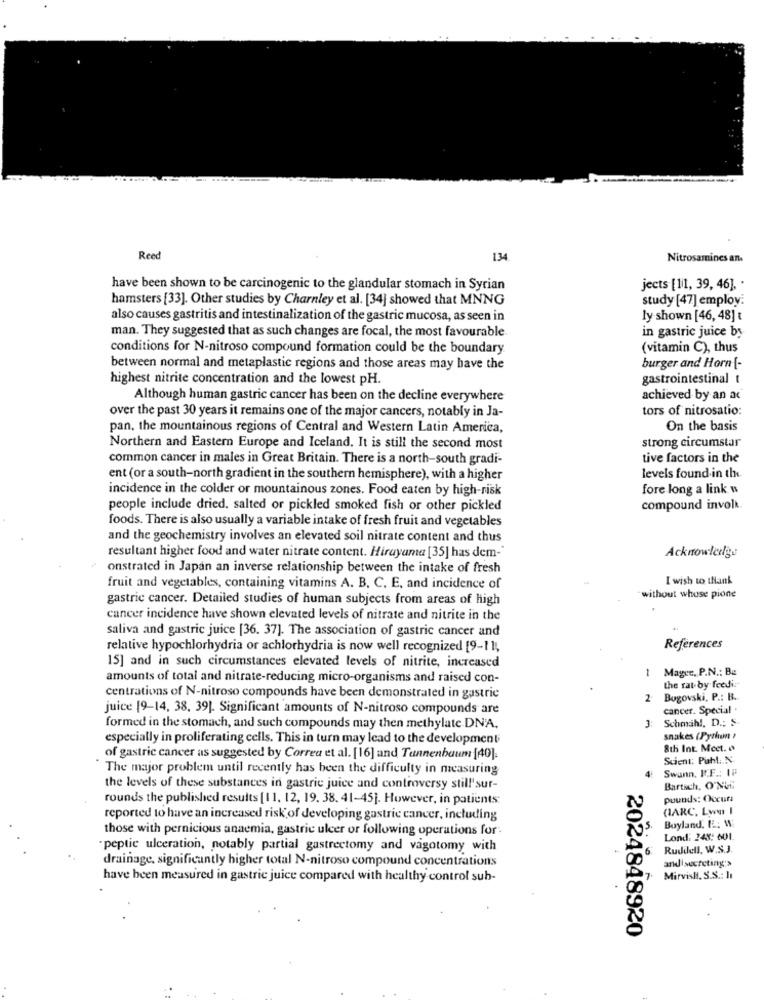
Reed
134
Nitrosamines an
have been shown to be carcinogenic to the glandular stomach in Syrian
jects [11, 39, 46], .
hamsters [33]. Other studies by Charnley et al. [34] showed that MNNG
study [47] employ:
also causes gastritis and intestinalization of the gastric mucosa, as seen in
ly shown [46, 48] t
man. They suggested that as such changes are focal, the most favourable.
in gastric juice by
conditions for N-nitroso compound formation could be the boundary
(vitamin C), thus
between normal and metaplastic regions and those areas may have the
burger and Horn [-
highest nitrite concentration and the lowest pH.
gastrointestinal t
Although human gastric cancer has been on the decline everywhere
achieved by an ac
over the past 30 years it remains one of the major cancers, notably in Ja-
tors of nitrosatio:
pan, the mountainous regions of Central and Western Latin America,
On the basis
strong circumstar
Northern and Eastern Europe and Iceland. It is still the second most
common cancer in males in Great Britain. There is a north-south gradi-
tive factors in the
ent (or a south-north gradient in the southern hemisphere), with a higher
levels found in the
incidence in the colder or mountainous zones. Food eaten by high-risk
fore long a link w
people include dried. salted or pickled smoked fish or other pickled
compound involk
foods. There is also usually a variable intake of fresh fruit and vegetables
and the geochemistry involves an elevated soil nitrate content and thus
resultant higher food and water nitrate content. Hiruyuma [35] has dem-"
Acknowledge
onstrated in Japan an inverse relationship between the intake of fresh
I wish to thank
fruit and vegetables, containing vitamins A. B, C, E, and incidence of
gastric cancer. Detailed studies of human subjects from areas of high
without whose pione
cancer incidence have shown elevated levels of nitrate and nitrite in the
saliva and gastric juice [36. 37]. The association of gastric cancer and
relative hypochlorhydria or achlorhydria is now well recognized [9-11,
References
15] and in such circumstances elevated levels of nitrite, increased
1
Mager, P.N .: Ba
amounts of total and nitrate-reducing micro-organisms and raised con-
the rat by feedi:
centrations of N-nitroso compounds have been demonstrated in gastric
2
Bogovski, P .: B.
juice [9-14, 38. 39). Significant amounts of N-nitroso compounds are
cancer. Special
Schmah !, D .: S
formed in the stomach, and such compounds may then methylate DNA,
especially in proliferating cells. This in turn may lead to the development
snakes (Python ?
8th Int. Mcet. o
of gastric cancer as suggested by Correa et al. [16] and Tannenbaum [40].
Scient: Puht. N.
"The major problem until recently has been the difficulty in measuring
Swann, ICF .: 1
the levels of these substances in gastric juice and controversy still'sur-
Bartsch, O'Nul
rounds the published results [11, 12, 19. 38. 41-45]. However, in patients
pounds: Occurs
(IARC. Lww I
reported to have an increased risk of developing gastric cancer, including
those with pernicious anaemia, gastric ulcer or following operations for.
Boyland. IL: W
Lond: 248: 601
peptic ulceration, notably partial gastrectomy and vagotomy with
Rudilell. W.S.J.
drainage, significantly higher total N-nitroso compound concentrations
and secreting'>
have been measured in gastric juice compared with healthy control sub-
MirvisH. S.S .: I
2024848920